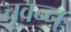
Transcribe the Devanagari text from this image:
चूवन्न